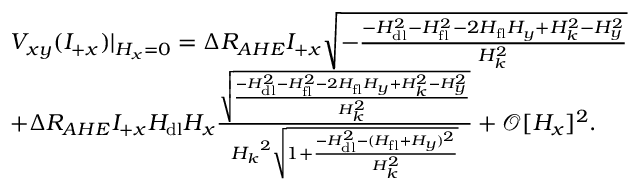
\begin{array} { r l } & { V _ { x y } ( I _ { + x } ) \lvert { _ { H _ { x } = 0 } } = \Delta R _ { A H E } I _ { + x } \sqrt { - \frac { - H _ { \mathrm { d l } } ^ { 2 } - H _ { \mathrm { f l } } ^ { 2 } - 2 H _ { \mathrm { f l } } H _ { y } + H _ { k } ^ { 2 } - H _ { y } ^ { 2 } } { H _ { k } ^ { 2 } } } } \\ & { + \Delta R _ { A H E } I _ { + x } H _ { \mathrm { d l } } H _ { x } \frac { \sqrt { \frac { - H _ { \mathrm { d l } } ^ { 2 } - H _ { \mathrm { f l } } ^ { 2 } - 2 H _ { \mathrm { f l } } H _ { y } + H _ { k } ^ { 2 } - H _ { y } ^ { 2 } } { H _ { k } ^ { 2 } } } } { { H _ { k } } ^ { 2 } \sqrt { 1 + \frac { - H _ { \mathrm { d l } } ^ { 2 } - ( H _ { \mathrm { f l } } + H _ { y } ) ^ { 2 } } { H _ { k } ^ { 2 } } } } + \mathcal { O } [ H _ { x } ] ^ { 2 } . } \end{array}